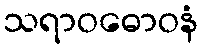
သရာဝဓောဝနံ